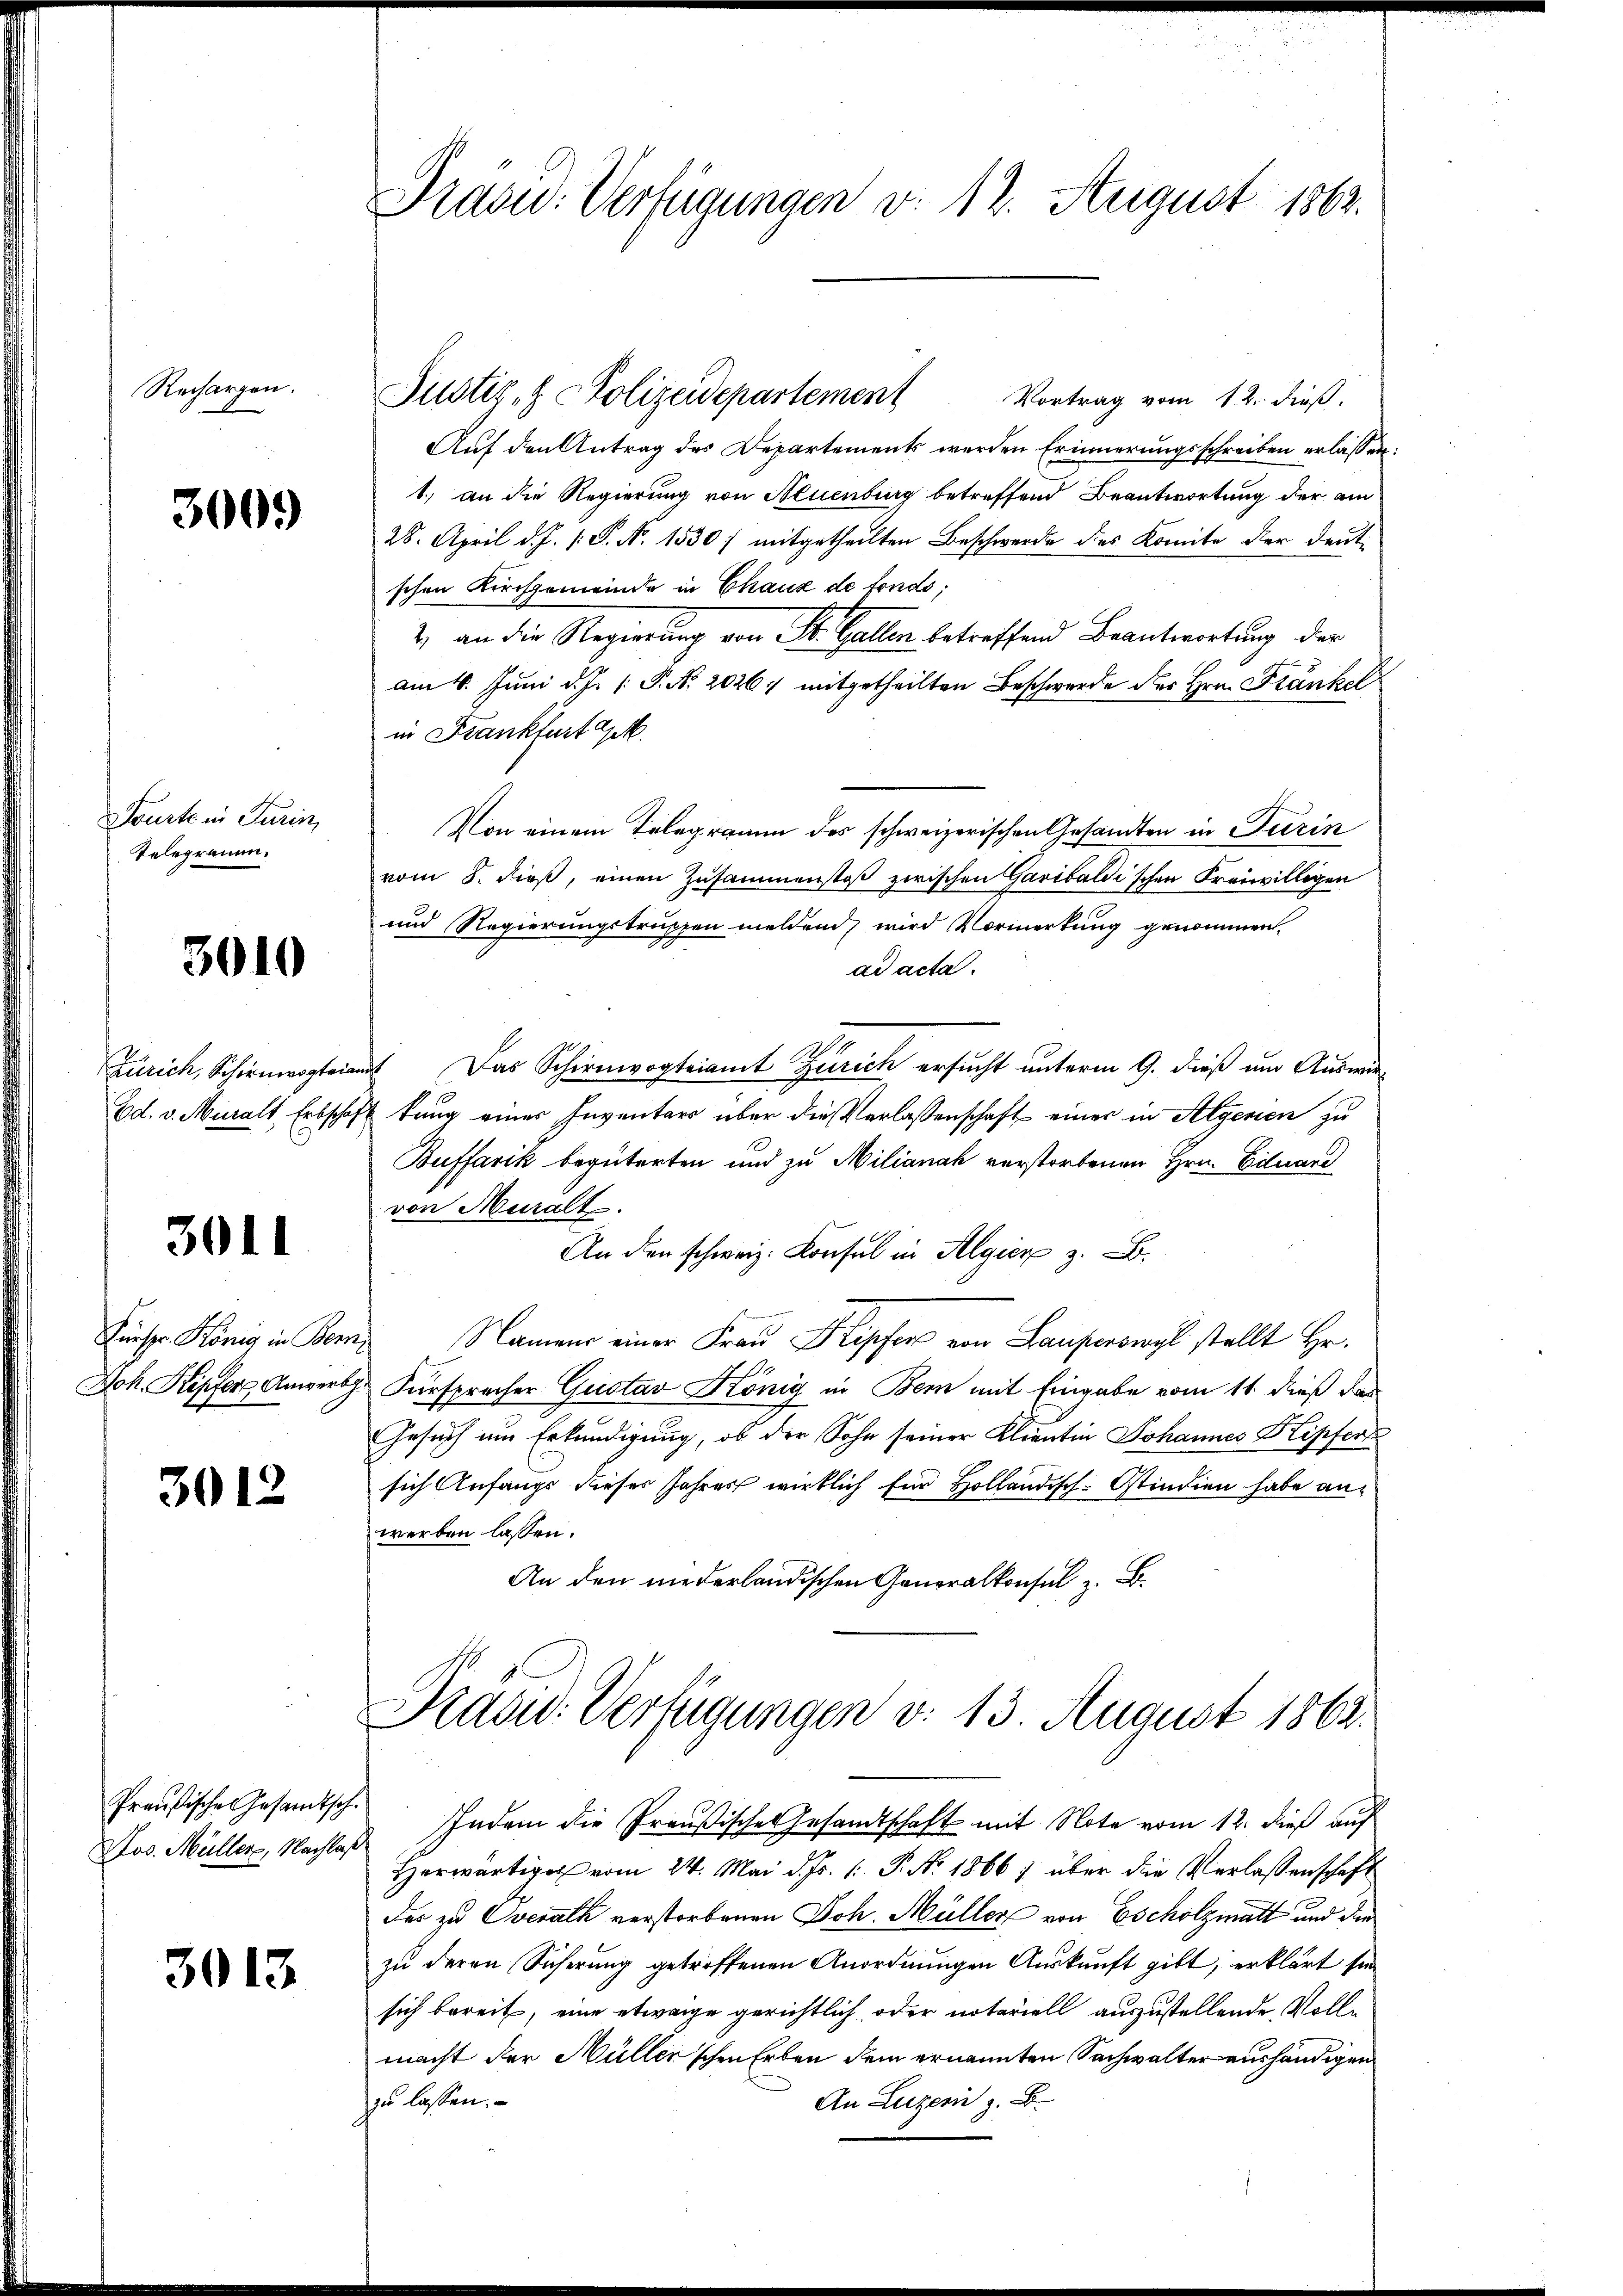
Rechargen.

300.

Planten Juni
Telegramm.

3010

Ed. v. Muralt, Erbschaf

3011

Fürspr. König in Ber
Joh. Kepfer Anwert

3012

Preußischen Gesandtsch.
Mos. Müller, Nachlaß

3013

Prasid. Verfügungen v. 12. August 1862.

Justiz- & Polizeidepartement
Vortrag vom 12. dieß.
Auf den Antrag des Departements werden Erinnerungsschreiben erlassen
1.) an die Regierung von Neuenburg betreffend Beantwortung der am
28. April d. J. P. N. 1530) mitgetheilten Beschwerde des Komite der deutschen Kirchgemeinde in Chaux de fonds;
2) an die Regierung von St. Gallen betreffend Beantwortung der
am 4. Juni d. J. P. N. 20267 mitgetheilten Beschwerde der Hrn. Frankel
in Frankfurt gek
Von einem Telegramm des schweizerischen Gesandten in Turin
vom 8. dieß, einen Zusammenstoß zwischen Garibaldischen Freiwilligen
und Regierungstruppen meldend, wird Vormerkung genommen.
ad acta.
Zürich, Schirnwotria Das Schirmvogteiamt Zürich ersucht unterm 9. dieß um Auswir¬
 tung einer Inventars über die Verlassenschaft einer in Algenen zu
Buffarik begüterten und zu Milianah verstorbenen Hrn. Eduard
von Muralt.
An den schweiz. Konsul in Algier z. B.
 Namen einer Fraŭ Kipfer von Lauferswyl stellt Hr.
 Fürsprecher Gustav König in Bern mit Eingabe vom 11. dieß das
Gesuch um Erkundigung, ob der Sohn seiner Klientin Johannes Kipfers
sich Anfangs dieses Jahres wirklich für Hollandisch. Ostindien habe anwerben lassen.
An den niederländischen Generalkonsul z. B.
Drasu. Verfügungen v. 13. August 1862.
Indem die Preußische Gesandtschaft mit Note vom 12. dieß auf
Herwärtiger vom 24. Mai d. Js. /: P. Nr. 1866 1 über die Verlassenschaft
der zu Oberath verstorbenen Joh. Müller von Escholzmatt und den
zu deren Sicherung getroffenen Anordnungen Auskunft gibt, erklärt sie
sich bereit, eine etwaige gerichtlich, oder notariell auszustellende Vollmacht der Müller'schen Erben dem ernannten Sachwalter aushändigen
zu lassen.
An Luzern z. B.